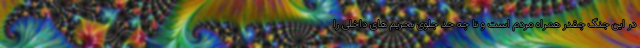
در این جنگ چقدر همراه مردم است و تا چه حد جلوی تحریم های داخلی را